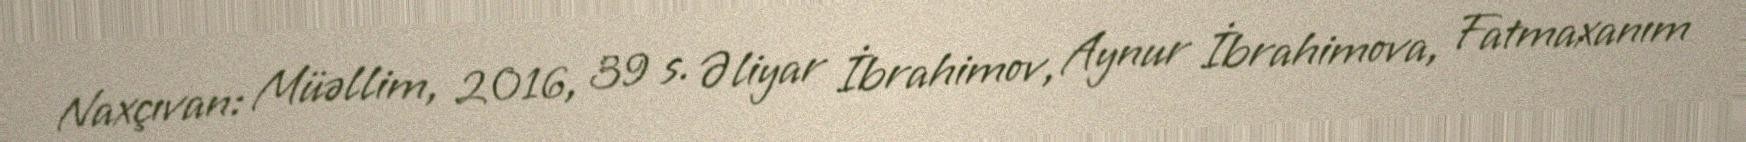
Naxçıvan: Müəllim, 2016, 39 s. Əliyar İbrahimov, Aynur İbrahimova, Fatmaxanım